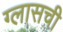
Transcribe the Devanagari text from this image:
ग्लासची